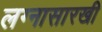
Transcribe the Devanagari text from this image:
लग्नासारखी